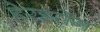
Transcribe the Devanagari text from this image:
हेरझॉग